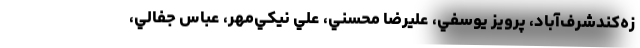
زه‌کندشرف‌آباد، پرويز يوسفي، عليرضا محسني، علي نيکي‌مهر، عباس جفالي،